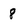
Character: 8